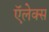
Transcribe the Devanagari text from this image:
ऍलेक्स